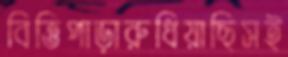
বিত্তিপাড়ারুধিয়াছিসই